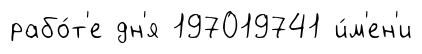
рабо́т'е дн'я 197019741 и́м'ен'и